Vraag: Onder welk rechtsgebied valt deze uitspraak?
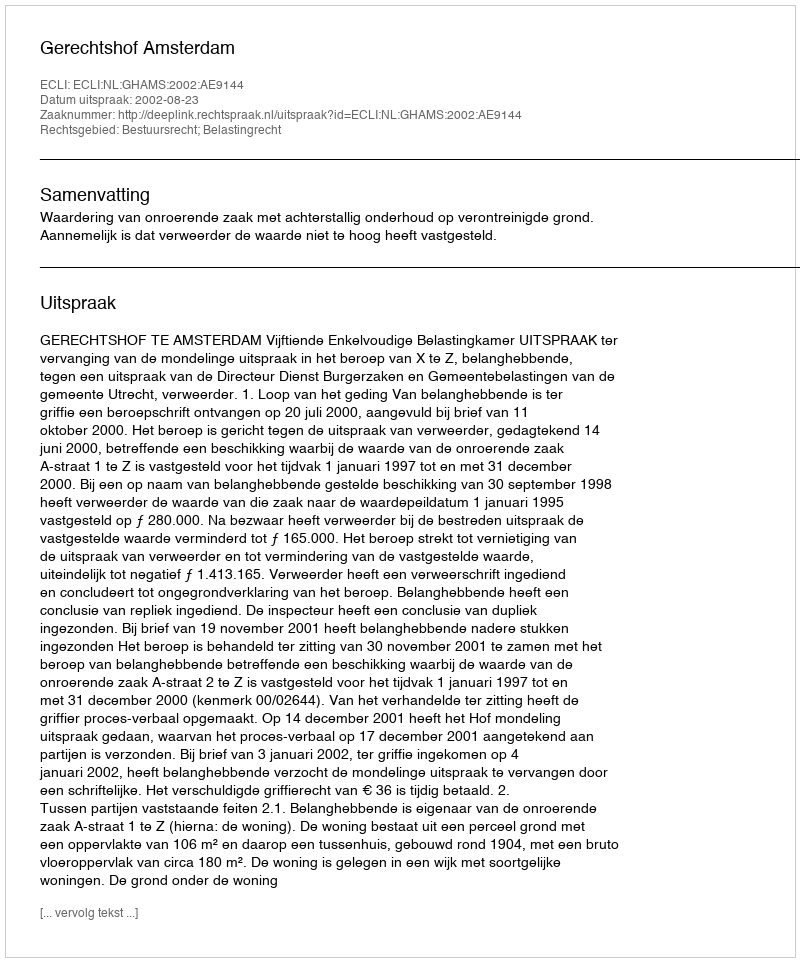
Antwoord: Bestuursrecht; Belastingrecht